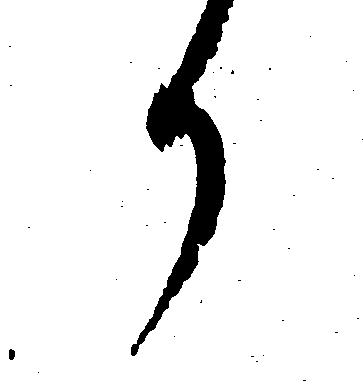
か